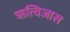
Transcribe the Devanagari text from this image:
ऋत्विजास